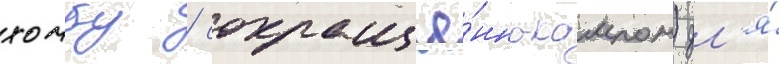
хомбу / сокращё́нно-кампон) дл'я́